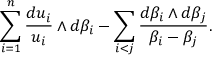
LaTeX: \sum _ { i = 1 } ^ { n } \frac { d u _ { i } } { u _ { i } } \wedge d \beta _ { i } - \sum _ { i < j } \frac { d \beta _ { i } \wedge d \beta _ { j } } { \beta _ { i } - \beta _ { j } } .